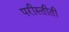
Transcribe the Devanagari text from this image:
परीस्तीती